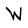
Character: W